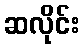
ဆလိုင်း